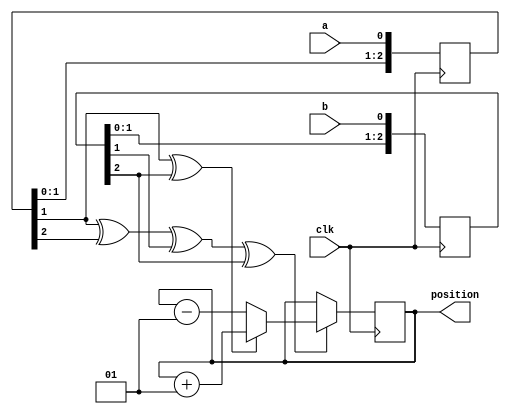

module quadencoder
    #(
         parameter BITS = 32,
         parameter QUAD_TYPE = 0
     )
     (
         input clk,
         input a,
         input b,
         output signed [BITS-1:0] position
     );
    reg [2:0] a_delayed = 0;
    reg [2:0] b_delayed = 0;
    always @(posedge clk) a_delayed <= {a_delayed[1:0], a};
    always @(posedge clk) b_delayed <= {b_delayed[1:0], b};
    wire count_enable = a_delayed[1] ^ a_delayed[2] ^ b_delayed[1] ^ b_delayed[2];
    wire count_direction = a_delayed[1] ^ b_delayed[2];
    reg signed [BITS-1:0] count = 0;
    assign position = $signed(count>>>QUAD_TYPE);
    always @(posedge clk) begin
        if (count_enable) begin
            if(count_direction) begin
                count <= count + 1;
            end else begin
                count <= count - 1;
            end
        end
    end
endmodule